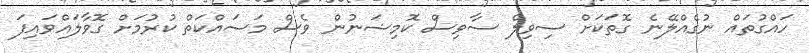
ހައްގުތައް ނުގެއްލޭނެ ގޮތަކަށް ސިވިލް ސާވިސް ކޮމިޝަނުން ވެސް މަސައްކަތް ކުރުމަށް ގޮވާލައްވައިފަ